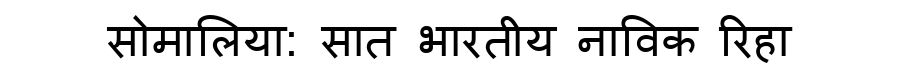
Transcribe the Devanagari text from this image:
सोमालिया: सात भारतीय नाविक रिहा